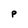
Character: P